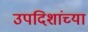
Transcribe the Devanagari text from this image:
उपदिशांच्या